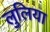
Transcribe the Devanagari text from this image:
लुलिया